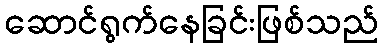
ဆောင်ရွက်နေခြင်းဖြစ်သည်